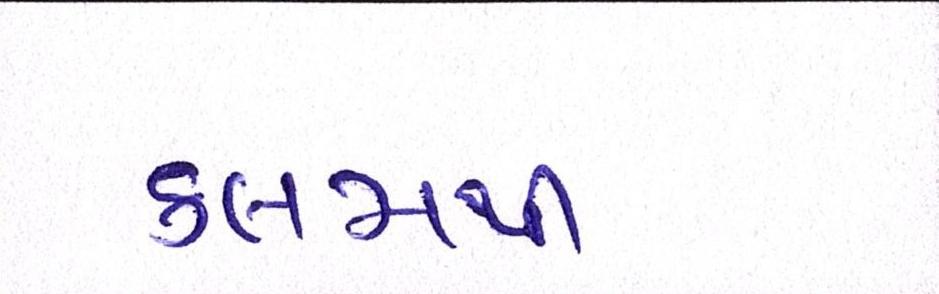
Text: કલમથી